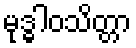
မုဒ္ဓါဝသိတ္တာ